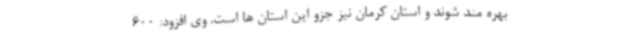
بهره مند شوند و استان کرمان نیز جزو این استان ها است. وی افزود: 600